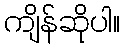
ကျိန်ဆိုပါ။